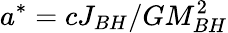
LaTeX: a^{*}=cJ_{BH}/GM_{BH}^{2}